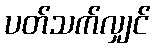
ပတ်သက်လျှင်